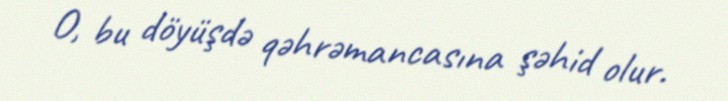
O, bu döyüşdə qəhrəmancasına şəhid olur.